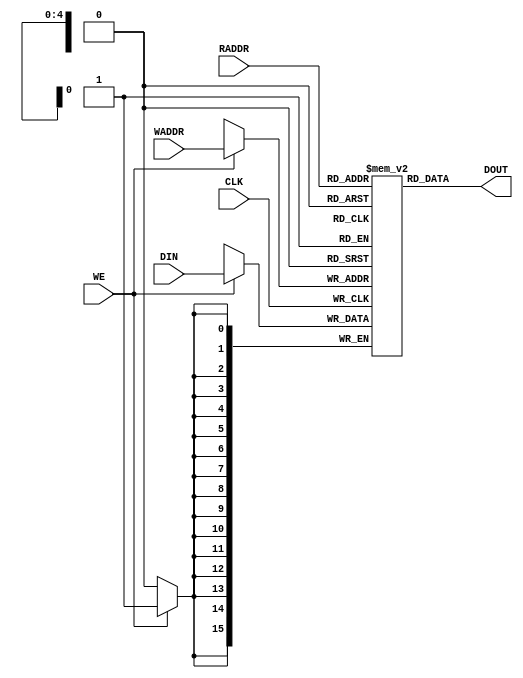

// Copyright (c) 2000-2009 Bluespec, Inc.

// Permission is hereby granted, free of charge, to any person obtaining a copy
// of this software and associated documentation files (the "Software"), to deal
// in the Software without restriction, including without limitation the rights
// to use, copy, modify, merge, publish, distribute, sublicense, and/or sell
// copies of the Software, and to permit persons to whom the Software is
// furnished to do so, subject to the following conditions:

// The above copyright notice and this permission notice shall be included in
// all copies or substantial portions of the Software.

// THE SOFTWARE IS PROVIDED "AS IS", WITHOUT WARRANTY OF ANY KIND, EXPRESS OR
// IMPLIED, INCLUDING BUT NOT LIMITED TO THE WARRANTIES OF MERCHANTABILITY,
// FITNESS FOR A PARTICULAR PURPOSE AND NONINFRINGEMENT. IN NO EVENT SHALL THE
// AUTHORS OR COPYRIGHT HOLDERS BE LIABLE FOR ANY CLAIM, DAMAGES OR OTHER
// LIABILITY, WHETHER IN AN ACTION OF CONTRACT, TORT OR OTHERWISE, ARISING FROM,
// OUT OF OR IN CONNECTION WITH THE SOFTWARE OR THE USE OR OTHER DEALINGS IN
// THE SOFTWARE.
//
// $Revision: 17872 $
// $Date: 2009-09-18 14:32:56 +0000 (Fri, 18 Sep 2009) $

`ifdef BSV_ASSIGNMENT_DELAY
`else
`define BSV_ASSIGNMENT_DELAY
`endif

// A dual port RAM model 
// this model has synchronous Write port and an
// asynchronous read port. 
//  Hence the read can be on different clock than the write port
module DualPortRam(
                   CLK,         // write clock
                   WE, 
                   WADDR, 
                   DIN,
                   RADDR, 
                   DOUT
                   );

   parameter addrWidth = 5;        // number of bits in address-bus
   parameter dataWidth = 16;       // number of bits in data-bus

   // write port
   input                  CLK;             // write clock
   
   input                  WE;              // write enable (active high)
   input [addrWidth-1:0]  WADDR;    // write address
   input [dataWidth-1:0]  DIN;      // data input

   // read port
   input [addrWidth-1:0] RADDR;   // read address
   output [dataWidth-1:0] DOUT;    // data output

   
   reg [dataWidth-1:0]    memArray [(1<<addrWidth) -1:0] ;

   // read operation -- combinational operation
   assign                 DOUT = memArray[RADDR];

   // write operation
   always @(posedge CLK)
      begin
         if (WE)
            begin
               memArray[WADDR] <= `BSV_ASSIGNMENT_DELAY DIN;
            end
      end // always @ (posedge WCLK)
   
   
`ifdef BSV_NO_INITIAL_BLOCKS
`else // not BSV_NO_INITIAL_BLOCKS
   // synopsys translate_off
   initial
     begin : init_block
        integer          i; 		// temporary for generate reset value
        for (i = 0; i < (1<<addrWidth); i = i + 1)
          begin
             memArray[i] = {((dataWidth + 1)/2){2'b10}} ;
          end 
     end // initial begin   
   // synopsys translate_on
`endif // BSV_NO_INITIAL_BLOCKS

endmodule